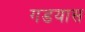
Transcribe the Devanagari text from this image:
गडयास